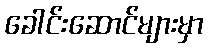
ခေါင်းဆောင်များမှာ